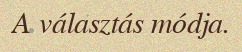
A választás módja.